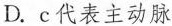
D.c代表主动脉